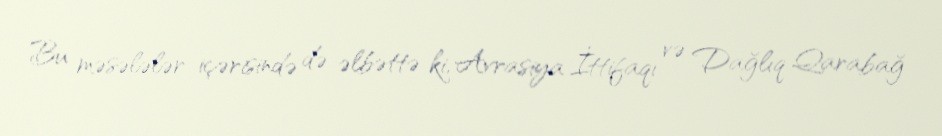
Bu məsələlər içərisində də əlbəttə ki, Avrasiya İttifaqı və Dağlıq Qarabağ